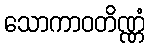
သောကာဝတိဏ္ဏံ